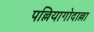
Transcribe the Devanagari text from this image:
पल्लियागोदाल्ला